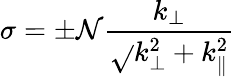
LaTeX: \sigma=\pm\mathcal{N}\frac{{k_{\perp}}}{{\sqrt{}{{k_{\perp}^{2}+k_{\parallel}^{2}}}}}